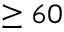
\ge 6 0